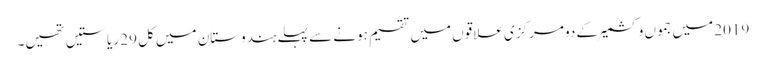
2019 میں جموں وکشمیر کے دو مرکزی علاقوں میں تقسیم ہونے سے پہلے ہندوستان میں کل 29 ریاستیں تھیں۔